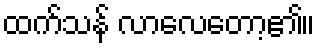
ထက်သန် လာလေတော့၏။